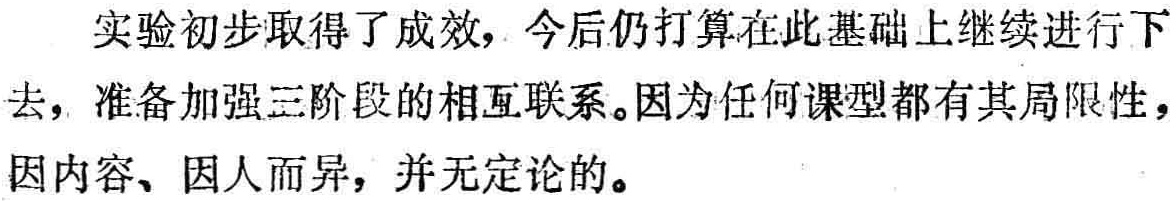
实验初步取得了成效，今后仍打算在此基础上继续进行下去，准备加强三阶段的相互联系。因为任何课型都有其局限性，因内容、因人而异，并无定论的。